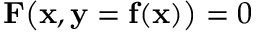
\mathbf { F } \big ( \mathbf { x } , \mathbf { y } = \mathbf { f } ( \mathbf { x } ) \big ) = 0